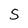
Character: S